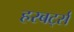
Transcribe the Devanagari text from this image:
हरबर्ट्स